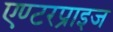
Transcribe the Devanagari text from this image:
एण्टरप्राइज